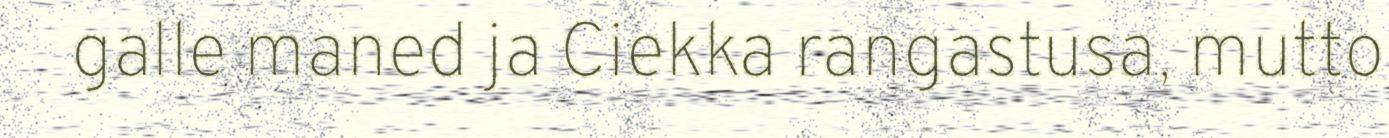
galle maned ja Ciekka rangastusa, mutto